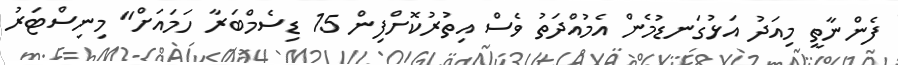
ފެންނާތީ މިއަދު އަޅުގަނޑުމެން އެމުއްދަތު ވެސް އިތުރުކޮށްފިން 15 ޑިސެމްބަރާ ހަމައަށް" މިނިސްޓަރު